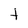
Character: t